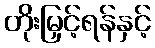
တိုးမြှင့်ရန်နှင့်